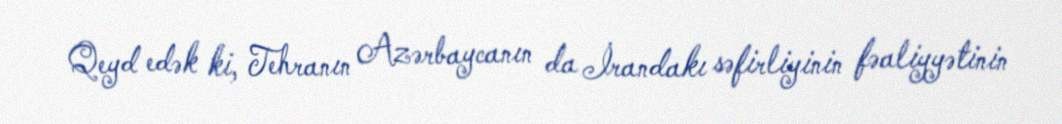
Qeyd edək ki, Tehranın Azərbaycanın da İrandakı səfirliyinin fəaliyyətinin